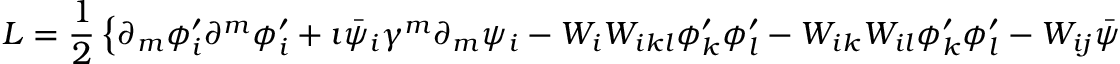
{ \cal L } = \frac { 1 } { 2 } \left\{ \partial _ { m } \phi _ { i } ^ { \prime } \partial ^ { m } \phi _ { i } ^ { \prime } + \imath \bar { \psi } _ { i } \gamma ^ { m } \partial _ { m } \psi _ { i } - { \cal W } _ { i } { \cal W } _ { i k l } \phi _ { k } ^ { \prime } \phi _ { l } ^ { \prime } - { \cal W } _ { i k } { \cal W } _ { i l } \phi _ { k } ^ { \prime } \phi _ { l } ^ { \prime } - { \cal W } _ { i j } \bar { \psi } _ { i } \psi _ { j } \right\} ,